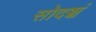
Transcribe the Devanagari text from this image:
सोदञ्चं